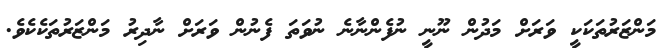
މަންޒަރުތަކަކީ ވަަރަށް މަދުން ނޫނީ ނުފެންނާނެ ނުވަތަ ފެނުން ވަރަށް ނާދިރު މަންޒަރުތަކެކެވެ.